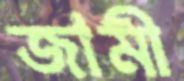
জামী